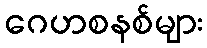
ဂေဟစနစ်များ